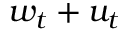
w _ { t } + u _ { t }